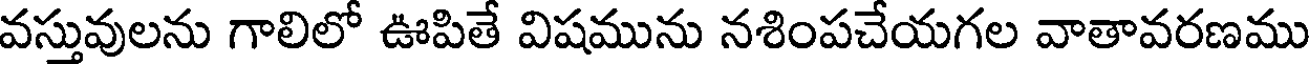
వస్తువులను గాలిలో ఊపితే విషమును నశింపచేయగల వాతావరణము